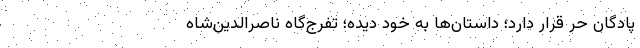
پادگان حر قرار دارد؛ داستان‌ها به خود دیده؛ تفرج‌گاه ناصرالدین‌شاه